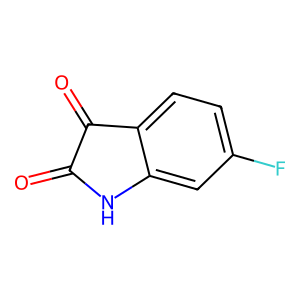
SMILES: O=C1Nc2cc(F)ccc2C1=O
Inhibits HIV replication: No